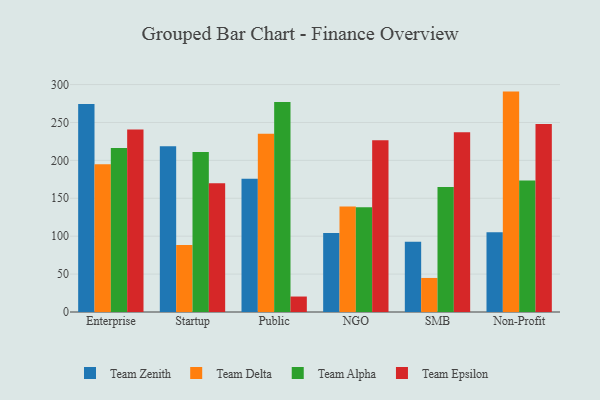
{"axis": {"x": "Segment", "y": "Temperature (°C)"}, "legend": ["Team Alpha", "Team Delta", "Team Epsilon", "Team Zenith"], "data": [{"x": "Enterprise", "y": 274.3, "type": "Team Zenith"}, {"x": "Enterprise", "y": 195.0, "type": "Team Delta"}, {"x": "Enterprise", "y": 216.2, "type": "Team Alpha"}, {"x": "Enterprise", "y": 240.6, "type": "Team Epsilon"}, {"x": "Startup", "y": 218.5, "type": "Team Zenith"}, {"x": "Startup", "y": 88.5, "type": "Team Delta"}, {"x": "Startup", "y": 210.9, "type": "Team Alpha"}, {"x": "Startup", "y": 169.8, "type": "Team Epsilon"}, {"x": "Public", "y": 175.6, "type": "Team Zenith"}, {"x": "Public", "y": 235.0, "type": "Team Delta"}, {"x": "Public", "y": 277.0, "type": "Team Alpha"}, {"x": "Public", "y": 20.4, "type": "Team Epsilon"}, {"x": "NGO", "y": 104.2, "type": "Team Zenith"}, {"x": "NGO", "y": 139.1, "type": "Team Delta"}, {"x": "NGO", "y": 138.0, "type": "Team Alpha"}, {"x": "NGO", "y": 226.4, "type": "Team Epsilon"}, {"x": "SMB", "y": 92.8, "type": "Team Zenith"}, {"x": "SMB", "y": 44.9, "type": "Team Delta"}, {"x": "SMB", "y": 165.0, "type": "Team Alpha"}, {"x": "SMB", "y": 237.1, "type": "Team Epsilon"}, {"x": "Non-Profit", "y": 105.3, "type": "Team Zenith"}, {"x": "Non-Profit", "y": 290.7, "type": "Team Delta"}, {"x": "Non-Profit", "y": 173.6, "type": "Team Alpha"}, {"x": "Non-Profit", "y": 248.0, "type": "Team Epsilon"}]}